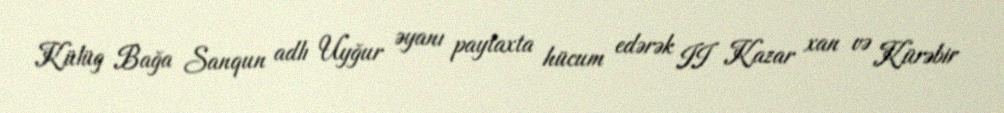
Külüg Bağa Sanqun adlı Uyğur əyanı paytaxta hücum edərək II Kazar xan və Kürəbir